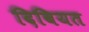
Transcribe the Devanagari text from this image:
दिबियत